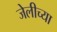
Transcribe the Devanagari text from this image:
जेलीच्या